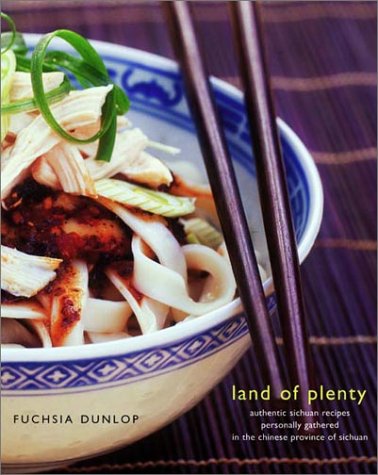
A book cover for Land of Plenty: A Treasury of Authentic Sichuan Cooking; Fuchsia Dunlop; Cookbooks, Food & Wine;